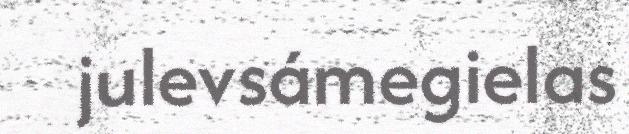
julevsámegielas